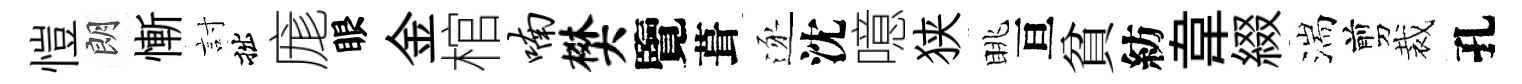
愷朗慚討拙庬眼金棺喃樊覽葺逐沈噫狭眺亘貧紡韋綴湍剪裁孔